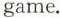
game.